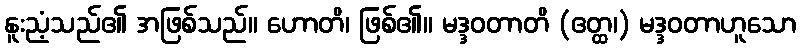
နူးညံ့သည်၏ အဖြစ်သည်။ ဟောတိ၊ ဖြစ်၏။ မဒ္ဒဝတာတိ (ဧတ္ထ၊) မဒ္ဒဝတာဟူသော